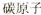
碳原子